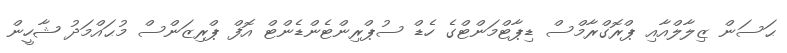
ޙަސަން ޒިލާލްއާއި ޕްރޮގްރާމްސް ޑިޕާޓްމަންޓްގެ ހެޑް ސުޕްރިންޓެންޑެންޓް އޮފް ޕްރިޒަންސް މުޙައްމަދު ޝާހީން